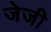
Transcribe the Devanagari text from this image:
जेजी